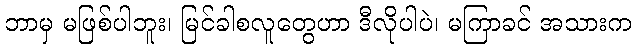
ဘာမှ မဖြစ်ပါဘူး၊ မြင်ခါစလူတွေဟာ ဒီလိုပါပဲ၊ မကြာခင် အသားက